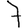
Digit: 7